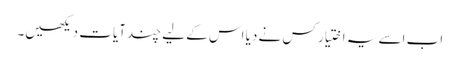
اب اسے یہ اختیار کس نے دیا اس کے لیے چند آیات دیکھیں۔